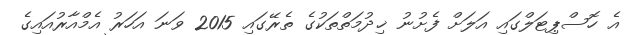
އެ ހޮސްޕިޓަލްގައި އަލަށް ފެށުނު ޚިދުމަތްތަކުގެ ތެރޭގައި 2015 ވަނަ އަހަރު އެމްއާރުއައިގެ